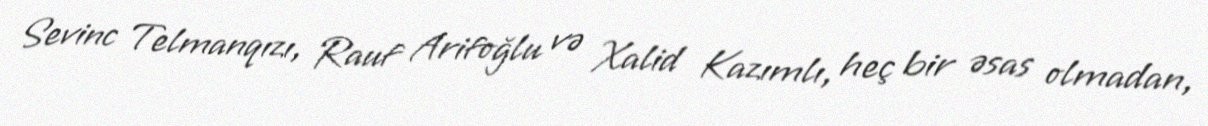
Sevinc Telmanqızı, Rauf Arifoğlu və Xalid Kazımlı, heç bir əsas olmadan,